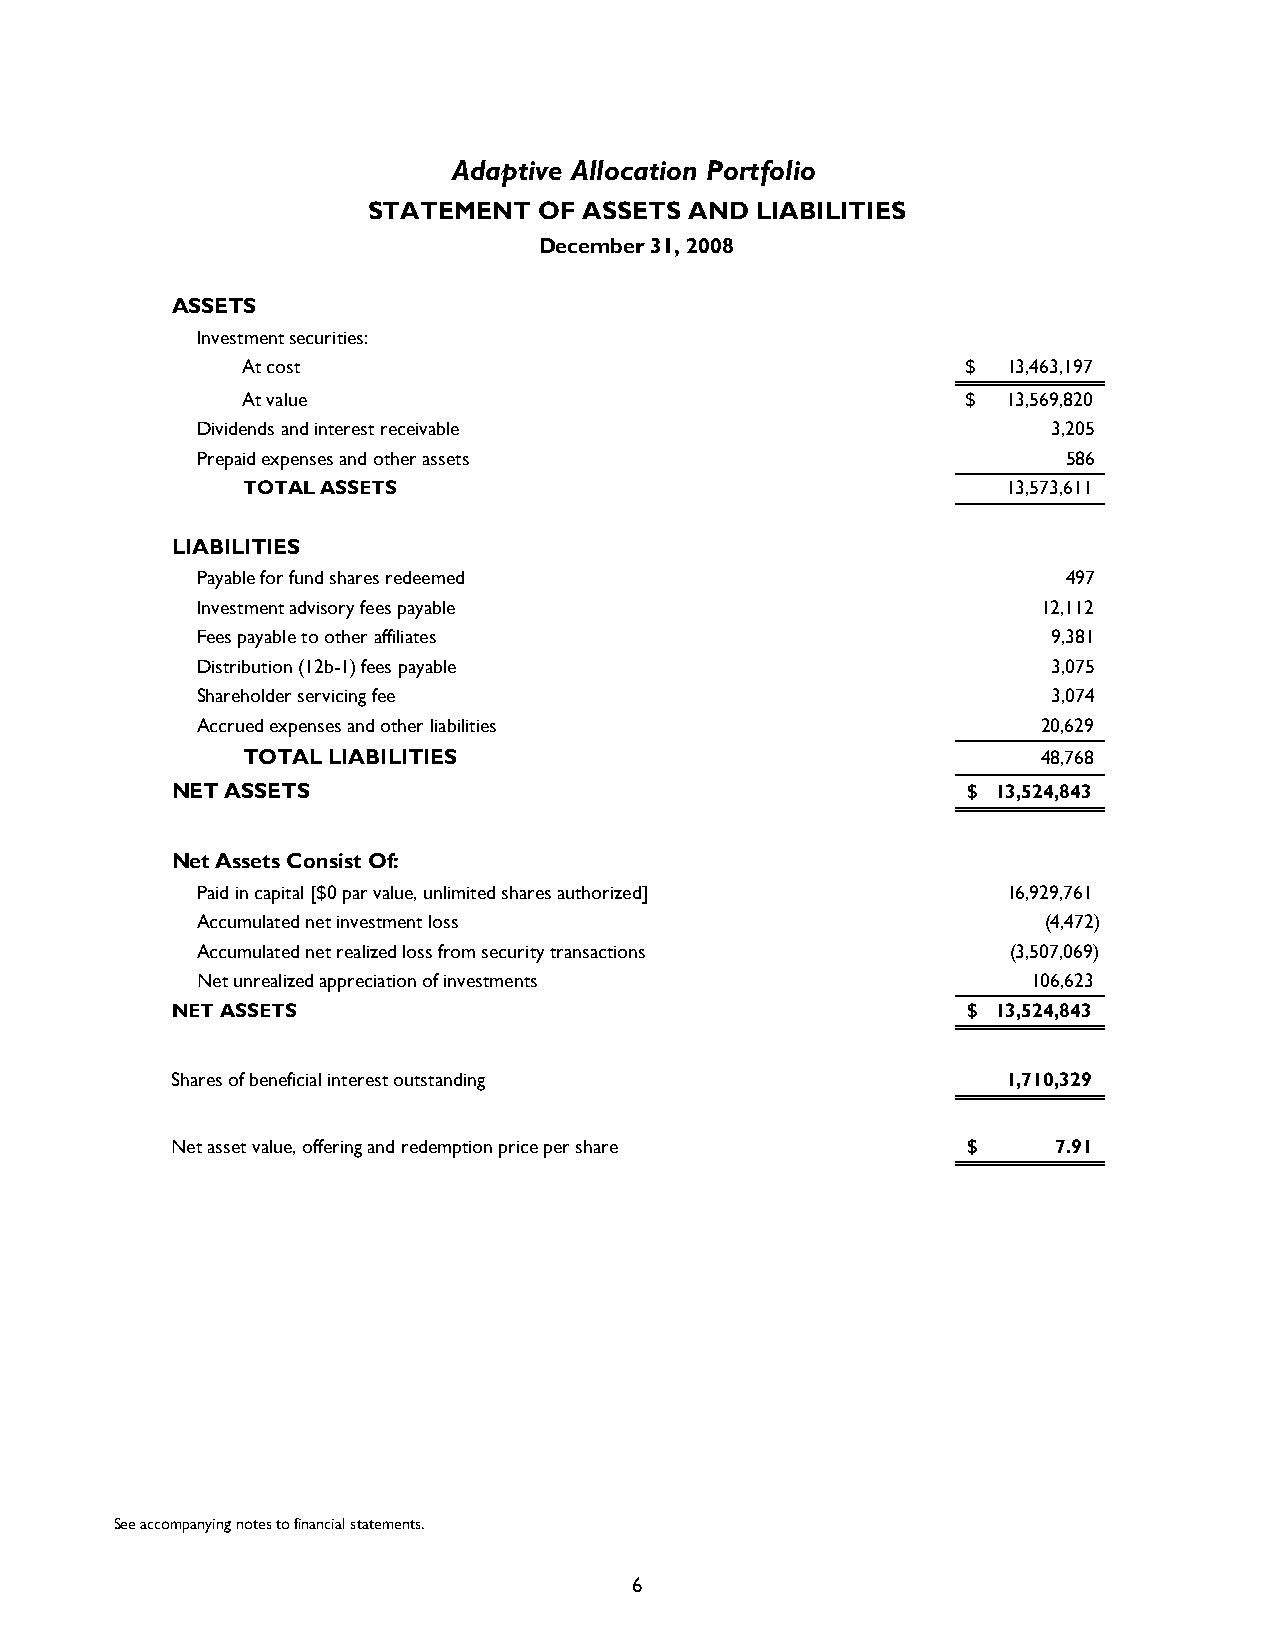
Adaptive Allocation Portfolio
 STATEMENT   OF ASSETS AND LIABILITIES
 December 31, 2008
 ASSETS
 Investment securities:
 At cost                                         $  13,463,197
 At value                                        $  13,569,820
 Dividends and interest receivable                        3,205
 Prepaid expenses and other assets                         586
 TOTAL ASSETS                                       13,573,611
 LIABILITIES
 Payable for fund shares redeemed                          497
 Investment advisory fees payable                        12,112
 Fees payable to other affiliates                         9,381
 Distribution (12b-1) fees payable                        3,075
 Shareholder servicing fee                                3,074
 Accrued expenses and other liabilities                  20,629
 TOTAL LIABILITIES                                    48,768
 NET ASSETS                                           $ 13,524,843
 Net Assets Consist Of:
 Paid in capital [$0 par value, unlimited shares authorized] 16,929,761
 Accumulated net investment loss                         (4,472)
 Accumulated net realized loss from security transactions (3,507,069)
 Net unrealized appreciation of investments             1 06,623
 NET ASSETS                                           $ 13,524,843
 Shares of beneficial interest outstanding               1,710,329
 Net asset value, offering and redemption price per share $ 7.91
 See accompanying notes to financial statements.
 6